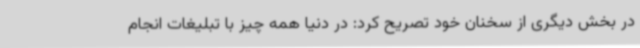
در بخش دیگری از سخنان خود تصریح کرد: در دنیا همه چیز با تبلیغات انجام